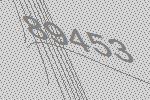
89453